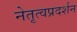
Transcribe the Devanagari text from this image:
नेतृत्वप्रदर्शन